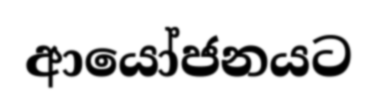
ආයෝජනයට